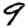
Digit: 9